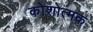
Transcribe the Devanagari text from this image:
कोशोत्मक